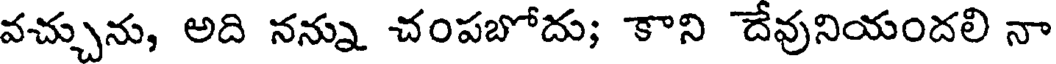
వచ్చును, అది నన్ను చంపబోదు; కాని దేవునియందలి నా